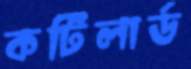
কটিলার্ড